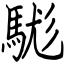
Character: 駹